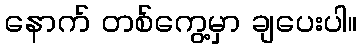
နောက် တစ်ကွေ့မှာ ချပေးပါ။